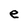
Character: e